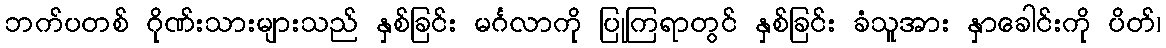
ဘက်ပတစ် ဂိုဏ်းသားများသည် နှစ်ခြင်း မင်္ဂလာကို ပြုကြရာတွင် နှစ်ခြင်း ခံသူအား နှာခေါင်းကို ပိတ်၊